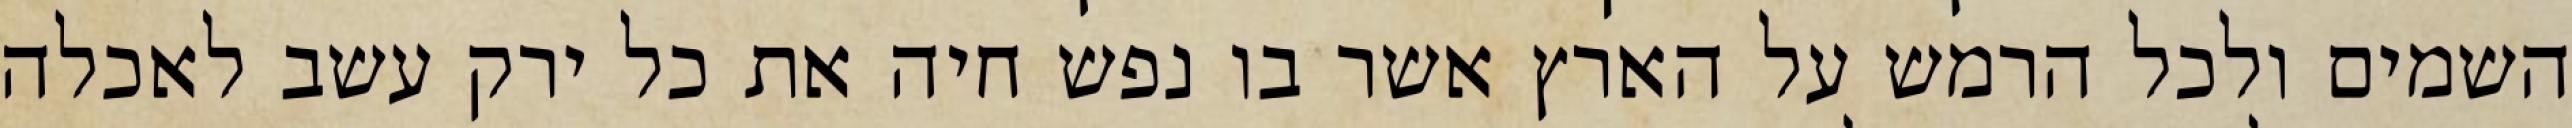
השמים ולכל הרמש על הארץ אשר בו נפש חיה את כל ירק עשב לאכלה